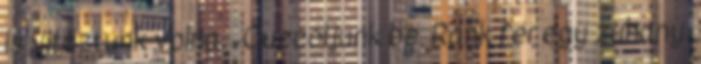
is vitáztunk volna. -Cuccoljunk be. Ránk fér egy zuhany.